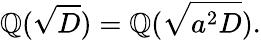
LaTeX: \mathbb{Q}({\sqrt{D}})=\mathbb{Q}({\sqrt{a^{2}D}}).